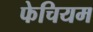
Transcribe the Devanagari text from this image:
फेचियम